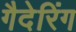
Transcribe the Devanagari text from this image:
गैदेरिंग